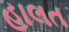
હાલત